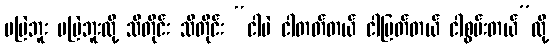
မမြဲဘူး မမြဲဘူးလို့ သိတိုင်း သိတိုင်း “ငါပဲ ငါတတ်တယ် ငါမြတ်တယ် ငါစွမ်းတယ်”လို့